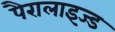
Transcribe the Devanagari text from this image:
पैरालाइज्ड